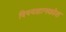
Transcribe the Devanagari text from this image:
विषयज्ञानकोश